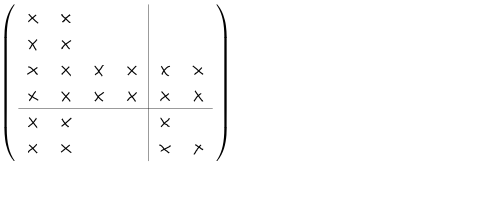
\left( \begin{array} { c c c c | c c } { { \times } } & { { \times } } & { { } } & { { } } & { { } } & { { } } \\ { { \times } } & { { \times } } & { { } } & { { } } & { { } } & { { } } \\ { { \times } } & { { \times } } & { { \times } } & { { \times } } & { { \times } } & { { \times } } \\ { { \times } } & { { \times } } & { { \times } } & { { \times } } & { { \times } } & { { \times } } \\ \hline { { \times } } & { { \times } } & { { } } & { { } } & { { \times } } & { { } } \\ { { \times } } & { { \times } } & { { } } & { { } } & { { \times } } & { { \times } } \\ \end{array} \right)